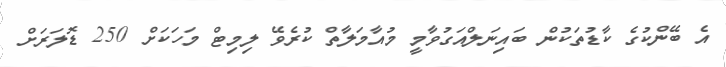
އެ ބޭންކުގެ ކާޑުތަކުން ބައިނަލްއަގުވާމީ މުއާމަލާތް ކުރެވޭ ލިމިޓް މަހަކަށް 250 ޑޮލަރަށް